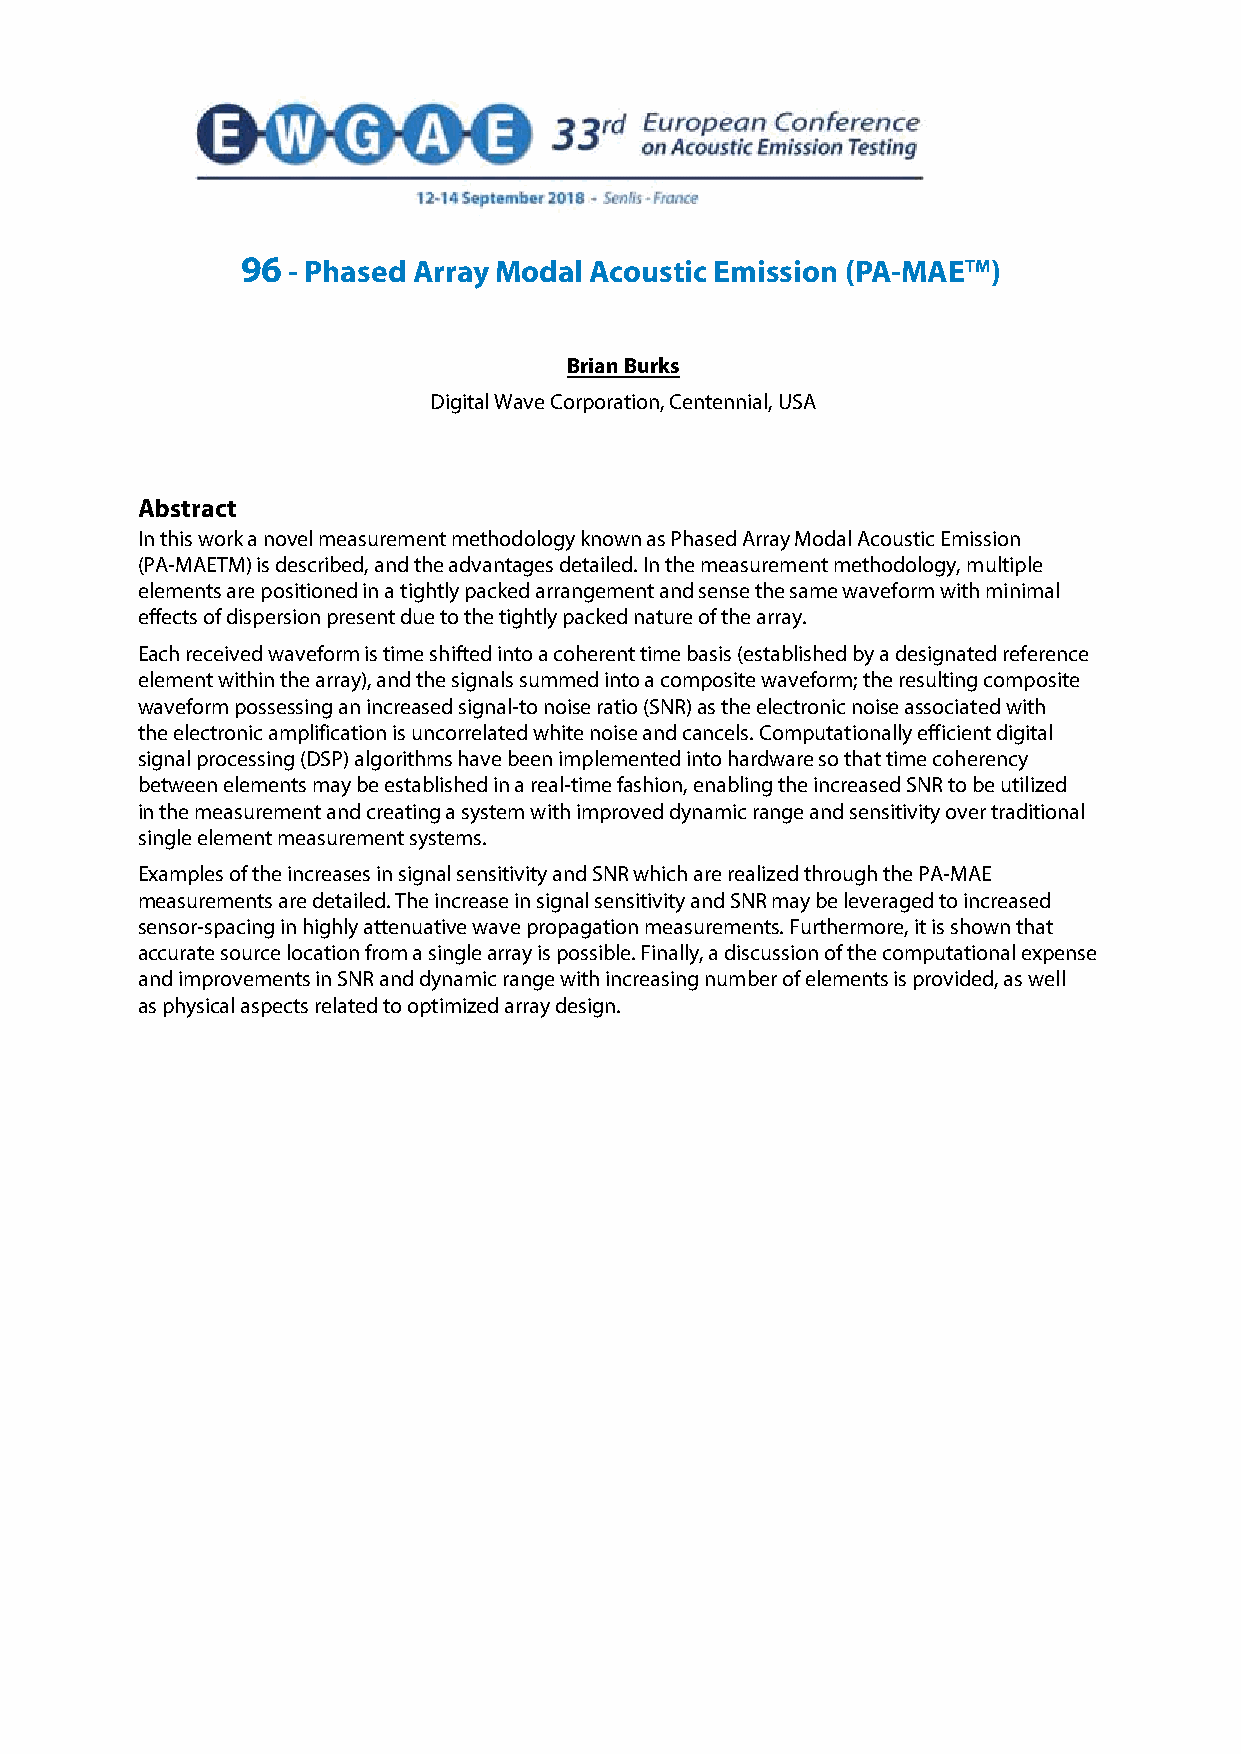
I
 96 - Phased Array Modal Acoustic Emission (PA-MAETM)
 Brian Burks
 Digital Wave Corporation, Centennial, USA
 Abstract
 In this work a novel measurement methodology known as Phased Array Modal Acoustic Emission
 (PA-MAETM) is described, and the advantages detailed. In the measurement methodology, multiple
 elements are positioned in a tightly packed arrangement and sense the same waveform with minimal
 effects of dispersion present due to the tightly packed nature of the array.
 Each received waveform is time shifted into a coherent time basis (established by a designated reference
 element within the array), and the signals summed into a composite waveform; the resulting composite
 waveform possessing an increased signal-to noise ratio (SNR) as the electronic noise associated with
 the electronic amplification is uncorrelated white noise and cancels. Computationally efficient digital
 signal processing (DSP) algorithms have been implemented into hardware so that time coherency
 between elements may be established in a real-time fashion, enabling the increased SNR to be utilized
 in the measurement and creating a system with improved dynamic range and sensitivity over traditional
 single element measurement systems.
 Examples of the increases in signal sensitivity and SNR which are realized through the PA-MAE
 measurements are detailed. The increase in signal sensitivity and SNR may be leveraged to increased
 sensor-spacing in highly attenuative wave propagation measurements. Furthermore, it is shown that
 accurate source location from a single array is possible. Finally, a discussion of the computational expense
 and improvements in SNR and dynamic range with increasing number of elements is provided, as well
 as physical aspects related to optimized array design.